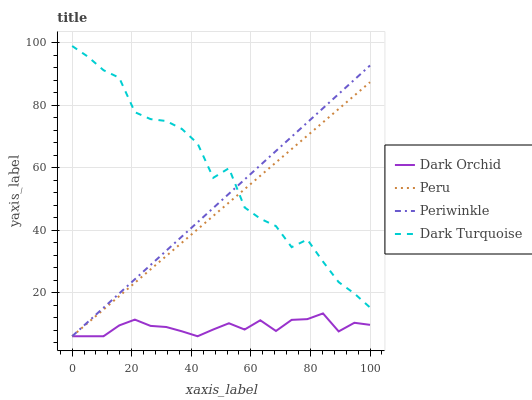
| xaxis_label | Dark Orchid | Peru | Periwinkle | Dark Turquoise |
 | --- | --- | --- | --- | --- |
 | 0 | 6 | 6 | 6 | 99 |
 | 5.26 | 6 | 10.3 | 10.6 | 95.6 |
 | 10.5 | 6 | 14.6 | 15.1 | 91.2 |
 | 15.8 | 9.47 | 18.9 | 19.7 | 88.8 |
 | 21.1 | 11.3 | 23.1 | 24.3 | 77.8 |
 | 26.3 | 9.32 | 27.4 | 28.8 | 75.6 |
 | 31.6 | 8.96 | 31.7 | 33.4 | 75 |
 | 36.8 | 7.58 | 36 | 38 | 72.4 |
 | 42.1 | 6 | 40.3 | 42.5 | 67.8 |
 | 47.4 | 8.17 | 44.6 | 47.1 | 56.8 |
 | 52.6 | 10.2 | 48.8 | 51.7 | 59.8 |
 | 57.9 | 8.15 | 53.1 | 56.2 | 47.3 |
 | 63.2 | 11.1 | 57.4 | 60.8 | 43.7 |
 | 68.4 | 7.69 | 61.7 | 65.4 | 41.3 |
 | 73.7 | 11.3 | 66 | 69.9 | 34.5 |
 | 78.9 | 11.5 | 70.3 | 74.5 | 37 |
 | 84.2 | 13.3 | 74.6 | 79.1 | 29.9 |
 | 89.5 | 7.55 | 78.8 | 83.6 | 23.3 |
 | 94.7 | 10.3 | 83.1 | 88.2 | 19.7 |
 | 100 | 9.65 | 87.4 | 92.8 | 15.2 |